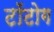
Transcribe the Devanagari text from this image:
टॉटोग